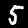
Label: 5